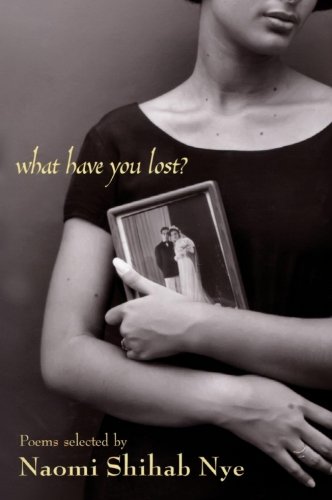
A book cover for What Have You Lost?; Teen & Young Adult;